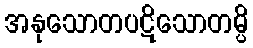
အနုသောတပဋိသောတမ္ပိ